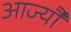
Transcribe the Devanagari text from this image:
आज्यौ